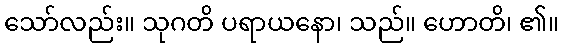
သော်လည်း။ သုဂတိ ပရာယနော၊ သည်။ ဟောတိ၊ ၏။